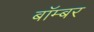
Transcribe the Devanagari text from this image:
बाॅम्बर